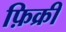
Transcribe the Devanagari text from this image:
फ़िक्री